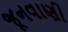
જૂનવાણી